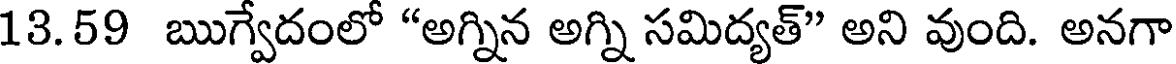
13.59 ఋగ్వేదంలో "అగ్నిన అగ్ని సమిద్యత్" అని వుంది. అనగా